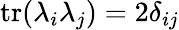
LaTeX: \mathrm{tr}(\lambda_{i}\lambda_{j})=2\delta_{ij}